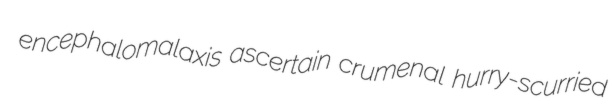
encephalomalaxis ascertain crumenal hurry-scurried